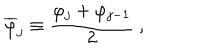
\overline { { \varphi } } _ { j } \equiv { \frac { \varphi _ { j } + \varphi _ { j - 1 } } { 2 } } \ ,